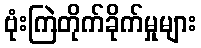
ဗုံးကြဲတိုက်ခိုက်မှုများ